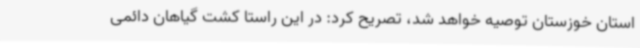
استان خوزستان توصیه خواهد شد، تصریح کرد: در این راستا کشت گیاهان دائمی